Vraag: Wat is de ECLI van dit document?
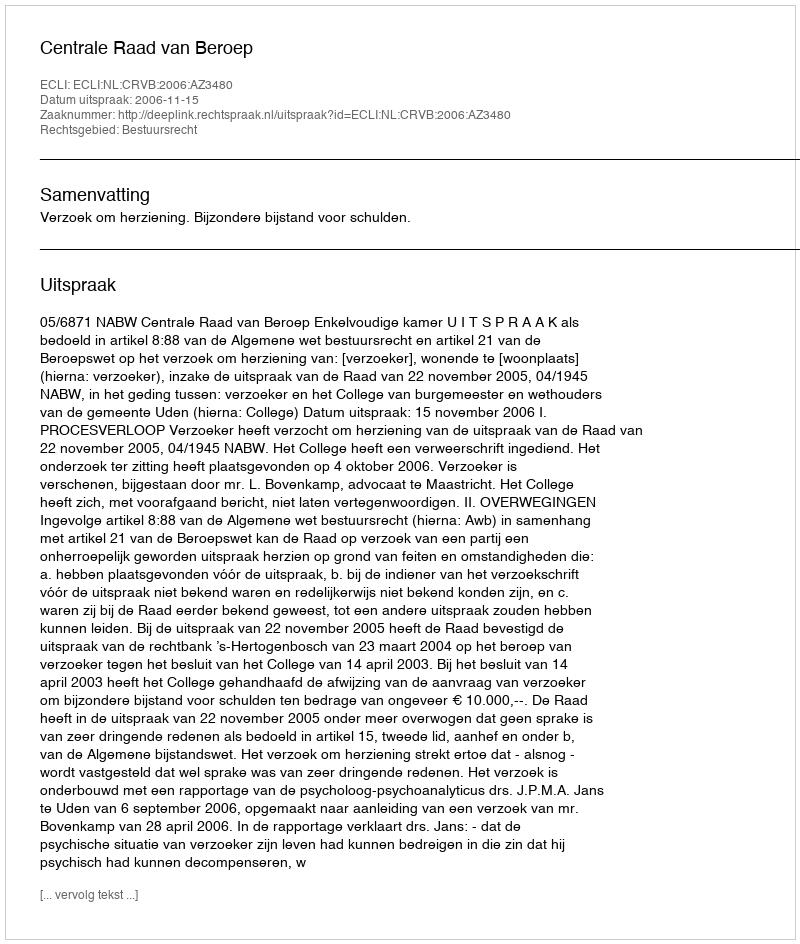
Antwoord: ECLI:NL:CRVB:2006:AZ3480